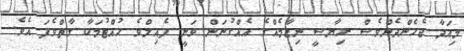
މިއަދާ ޖެހެންދެންވެސް ރިޔާސީ ނިޒާމެއްގެ އެއްގުނަން ވަނީ ފެއިލްވެ ހުއްޓުމަކާ ގާތްވެފަ އެވެ.